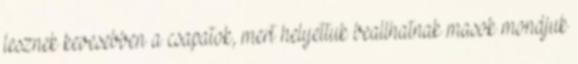
lesznek kevesebben a csapatok, mert helyettuk beallhatnak masok mondjuk